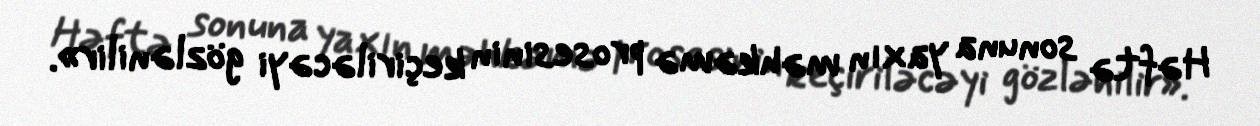
Həftə sonuna yaxın məhkəmə prosesinin keçiriləcəyi gözlənilir».